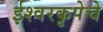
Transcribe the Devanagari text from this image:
ईश्वरकृपेचे